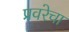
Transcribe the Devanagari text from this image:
प्रवरेचा